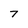
Character: 7